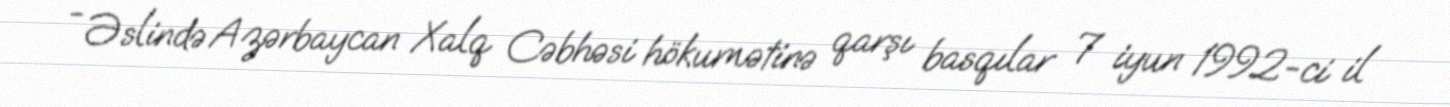
- Əslində Azərbaycan Xalq Cəbhəsi hökumətinə qarşı basqılar 7 iyun 1992-ci il